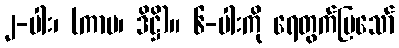
၂-ပါး၊ (ကာမ၊ ဒိဋ္ဌိ)။ ၆-ပါးကို ရေတွက်ပြသော်